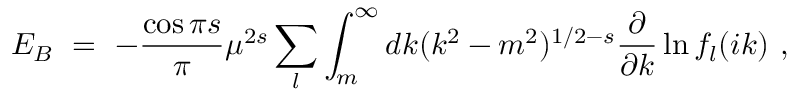
E _ { B } \ = \ - \frac { \cos \pi s } { \pi } \mu ^ { 2 s } \sum _ { l } \int _ { m } ^ { \infty } d k ( k ^ { 2 } - m ^ { 2 } ) ^ { 1 / 2 - s } \frac { \partial } { \partial k } \ln f _ { l } ( i k ) \ ,